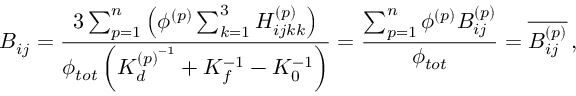
B _ { i j } = \frac { 3 \sum _ { p = 1 } ^ { n } \left( \phi ^ { ( p ) } \sum _ { k = 1 } ^ { 3 } H _ { i j k k } ^ { ( p ) } \right) } { \phi _ { t o t } \left( K _ { d } ^ { { ( p ) } ^ { - 1 } } + K _ { f } ^ { - 1 } - K _ { 0 } ^ { - 1 } \right) } = \frac { \sum _ { p = 1 } ^ { n } \phi ^ { ( p ) } B _ { i j } ^ { ( p ) } } { \phi _ { t o t } } = \overline { { B _ { i j } ^ { ( p ) } } } \, ,